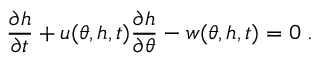
\frac { \partial h } { \partial t } + u ( \theta , h , t ) \frac { \partial h } { \partial \theta } - w ( \theta , h , t ) = 0 \; .